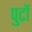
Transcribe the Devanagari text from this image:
पुटों